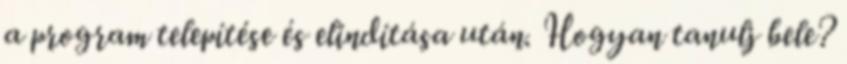
a program telepítése és elindítása után. Hogyan tanulj bele?